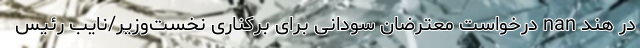
در هند nan درخواست معترضان سودانی برای برکناری نخست‌وزیر/نایب رئیس